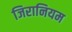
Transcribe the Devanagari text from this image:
जिरानियम